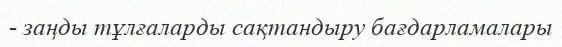
- заңды тұлғаларды сақтандыру бағдарламалары